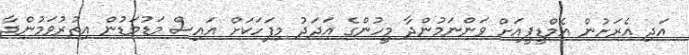
އަދި އެރަށުން އެމްޑީޕީއަށް ވަންނަމުންދާ މީހުންގެ އަދަދު މިފަހަކަށް އައިސް މަޑުމަޑުން އިތުރުވަމުންދާ